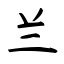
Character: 兰